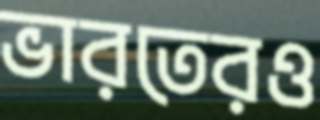
ভারতেরও